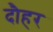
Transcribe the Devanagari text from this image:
दौहर